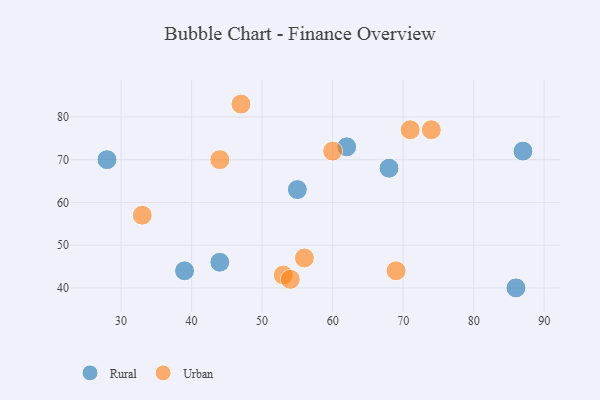
{"axis": {"x": "GDP", "y": "Life Expectancy"}, "legend": ["Rural", "Urban"], "data": [{"x": "68", "y": 68, "type": "Rural"}, {"x": "28", "y": 70, "type": "Rural"}, {"x": "86", "y": 40, "type": "Rural"}, {"x": "62", "y": 73, "type": "Rural"}, {"x": "55", "y": 63, "type": "Rural"}, {"x": "87", "y": 72, "type": "Rural"}, {"x": "44", "y": 46, "type": "Rural"}, {"x": "39", "y": 44, "type": "Rural"}, {"x": "56", "y": 47, "type": "Urban"}, {"x": "47", "y": 83, "type": "Urban"}, {"x": "60", "y": 72, "type": "Urban"}, {"x": "69", "y": 44, "type": "Urban"}, {"x": "53", "y": 43, "type": "Urban"}, {"x": "33", "y": 57, "type": "Urban"}, {"x": "71", "y": 77, "type": "Urban"}, {"x": "54", "y": 42, "type": "Urban"}, {"x": "44", "y": 70, "type": "Urban"}, {"x": "74", "y": 77, "type": "Urban"}]}